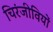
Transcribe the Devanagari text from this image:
चिरंजीवियों